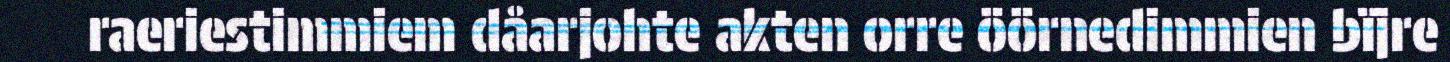
raeriestimmiem dåarjohte akten orre öörnedimmien bïjre